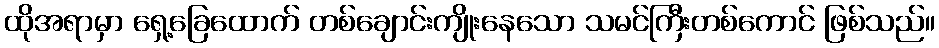
ထိုအရာမှာ ရှေ့ခြေထောက် တစ်ချောင်းကျိုးနေသော သမင်ကြီးတစ်ကောင် ဖြစ်သည်။